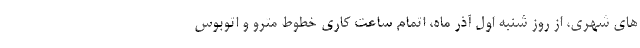
های شهری، از روز شنبه اول آذر ماه، اتمام ساعت کاری خطوط مترو و اتوبوس